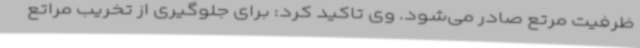
ظرفیت مرتع صادر می‌شود. وی تاکید کرد: برای جلوگیری از تخریب مراتع